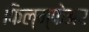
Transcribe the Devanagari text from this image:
फिल्म्फेअर